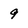
Character: 9